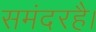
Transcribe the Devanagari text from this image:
समंदरहै।